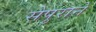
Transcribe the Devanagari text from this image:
सेपुराने